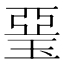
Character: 琧